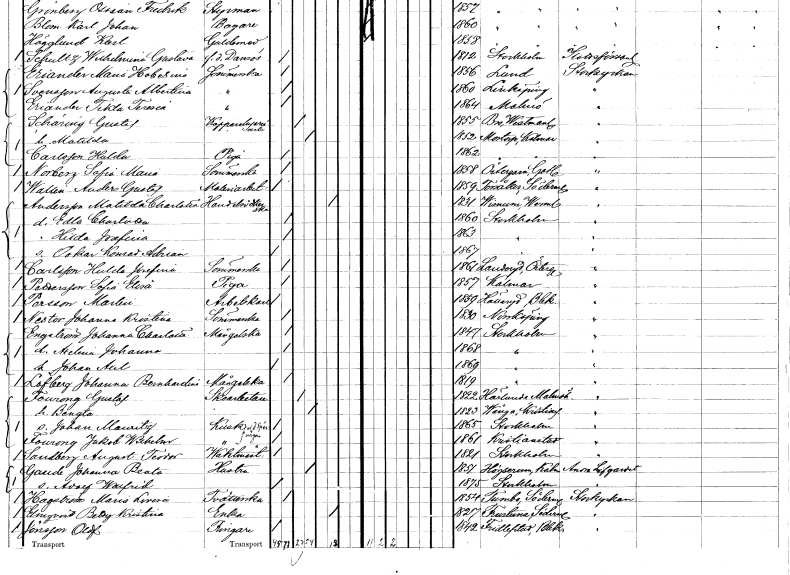
gt_parse: households: individuals: FN: Hulda
EN: Carlsson
YRKE: Piga
KON: K
CIV: O
FODAR: 1862
FODFORS: Mortorp Kalmar län
FN: Sofia Maria
EN: Norberg
YRKE: Sömmerska
KON: K
CIV: O
FODAR: 1858
FODFORS: Östergarn Gotlands län
FN: Anders Gustaf
EN: Wallen
YRKE: Måleriarbetare
KON: M
CIV: O
FODAR: 1859
FODFORS: Torsåker Södermanlands län
FN: Matilda Charlotta
EN: Andersson
YRKE: Handelsidkerska
KON: K
CIV: E
FODAR: 1831
FODFORS: Visnum Värmlands län
FN: Edla Charlotta
KON: K
CIV: O
FODAR: 1860
FODFORS: Stockholm
FN: Hilda Josefina
KON: K
CIV: O
FODAR: 1863
FODFORS: Stockholm
FN: Oskar Konrad Adrian
KON: M
CIV: O
FODAR: 1867
FODFORS: Stockholm
FN: Hulda Josefina
EN: Carlsson
YRKE: Sömmerska
KON: K
CIV: O
FODAR: 1861
FODFORS: Landeryd Östergötlands län
FN: Sofia Elisa
EN: Pettersson
YRKE: Piga
KON: K
CIV: O
FODAR: 1857
FODFORS: Kalmar Kalmar län
FN: Martin
EN: Persson
YRKE: Arbetskarl
KON: M
CIV: O
FODAR: 1859
FODFORS: Hallaryd Kronobergs län
FN: Johanna Kristina
EN: Nestor
YRKE: Sömmerska
KON: K
CIV: O
FODAR: 1830
FODFORS: Norrköping Östergötlands län
FN: Johanna Charlotta
EN: Engström
YRKE: Månglerska
KON: K
CIV: O
FODAR: 1847
FODFORS: Stockholm
FN: Axelina Johanna
KON: K
CIV: O
FODAR: 1868
FODFORS: Stockholm
FN: Johan Axel
KON: M
CIV: O
FODAR: 1869
FODFORS: Stockholm
FN: Johanna Bernhardina
EN: Löfberg
YRKE: Månglerska
KON: K
CIV: O
FODAR: 1819
FODFORS: Stockholm
FN: Gustaf
EN: Fourong
YRKE: Skoarbetare
KON: M
CIV: G
FODAR: 1822
FODFORS: Härlunda Skaraborgs län
FN: Bengta
KON: K
CIV: G
FODAR: 1823
FODFORS: Vånga Kristianstads län
FN: Johan Mauritz
YRKE: Spårvägskusk
KON: M
CIV: O
FODAR: 1865
FODFORS: Stockholm
FN: Jakob Wilhelm
EN: Fourong
YRKE: Spårvägskusk
KON: M
CIV: O
FODAR: 1861
FODFORS: Kristianstad Kristianstads län
FN: August Teodor
EN: Sandberg
YRKE: Vaktmästare
KON: M
CIV: O
FODAR: 1821
FODFORS: Stockholm
FN: Johanna Beata
EN: Gaude
YRKE: Hustru
KON: K
CIV: G
FODAR: 1851
FODFORS: Högsrum Kalmar län
FN: Adolf Walfrid
KON: M
CIV: O
FODAR: 1875
FODFORS: Stockholm
FN: Maria Lovisa
EN: Hagström
YRKE: Tvätterska
KON: K
CIV: O
FODAR: 1854
FODFORS: Tumbo Södermanlands län
FN: Betty Kristina
EN: Elmqvist
YRKE: Änka
KON: K
CIV: E
FODAR: 1827
FODFORS: Frustuna Södermanlands län
FN: Olof
EN: Jönsson
YRKE: Ringare
KON: M
CIV: O
FODAR: 1842
FODFORS: Fridlevstad Blekinge län